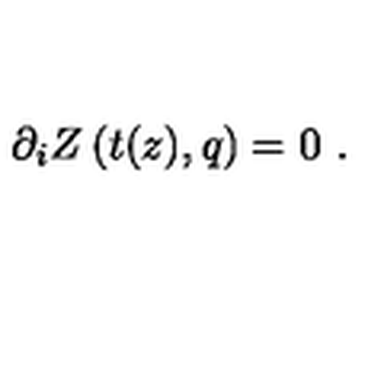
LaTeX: \partial _ { i } Z \left( t ( z ) , q \right) = 0 \ .